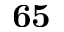
\mathbf { 6 5 }